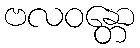
ဗလဝန္တော